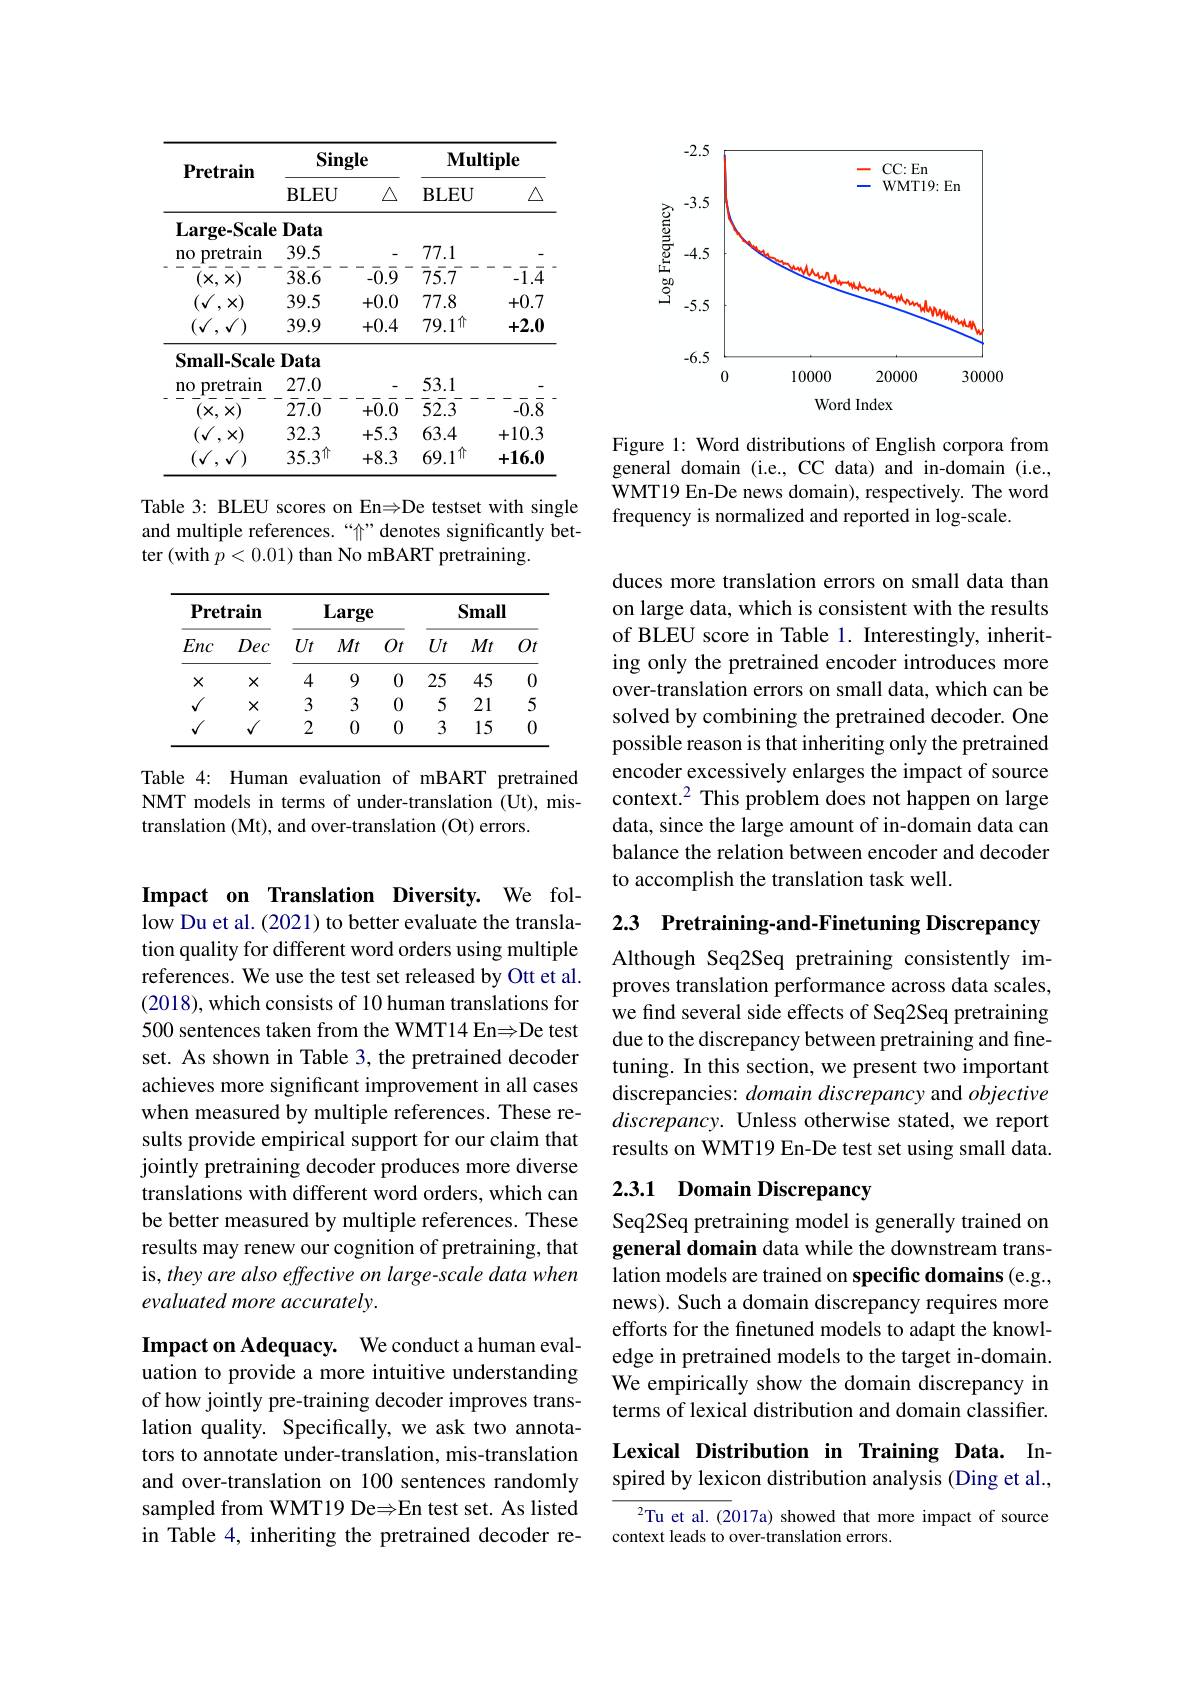
Impact on Translation Diversity. We follow Du et al. (2021) to better evaluate the translation quality for different word orders using multiple references. We use the test set released by Ott et al. (2018), which consists of 10 human translations for 500 sentences taken from the WMT14 En$\Rightarrow$De test set. As shown in Table 3, the pretrained decoder achieves more significant improvement in all cases when measured by multiple references. These results provide empirical support for our claim that jointly pretraining decoder produces more diverse translations with different word orders, which can be better measured by multiple references. These results may renew our cognition of pretraining, that is, they are also effective on large- scale data when evaluated more accurately

Impact on Adequacy. We conduct a human evaluation to provide a more intuitive understanding of how jointly pre-training decoder improves translation quality. Specifically, we ask two annotators to annotate under-translation, mis-translation and over-translation on 100 sentences randomly sampled from WMT19 De$\Rightarrow$En test set. As listed in Table 4, inheriting the pretrained decoder re-

<table>
	<tbody>
		<tr>
			<th rowspan="2">$\mathbf{Pretrain}$</th>
			<th>Single</th>
			<th>$\mathbf{yle}$</th>
			<th colspan="2">$\mathbf{Multiple}$</th>
		</tr>
		<tr>
			<th>$BLEU$</th>
			<th>$\triangle$</th>
			<th>$\mathbf{BLEU}$</th>
			<th>$\triangle$</th>
		</tr>
		<tr>
			<td>$(\sqrt{1},\sqrt{1})$ $\sqrt{1}$ . .</td>
			<td>$35.3^{\uparrow}$</td>
			<td>+8.3</td>
			<td>$69.1^{\uparrow\uparrow}$</td>
			<td>+16.0</td>
		</tr>
	</tbody>
</table>

Table 3: BLEU scores on En$\Rightarrow$De testset with single and multiple references.“个”denotes significantly better (with $\hat{p}<0.01)$ than No mBART pretraining.

<table>
	<tbody>
		<tr>
			<th colspan="2">$\mathbf{Pretrain}$</th>
			<th colspan="3">Large</th>
			<th colspan="3">Small</th>
		</tr>
		<tr>
			<th>Enc</th>
			<th>Dec</th>
			<th>$Ut$</th>
			<th>$Mt$</th>
			<th>$Ot$</th>
			<th>$Ut$</th>
			<th>$Mt$</th>
			<th>$Ot$</th>
		</tr>
		<tr>
			<td>$X$</td>
			<td>$X$</td>
			<td>4</td>
			<td>9</td>
			<td>0</td>
			<td>25</td>
			<td>45</td>
			<td>0</td>
		</tr>
		<tr>
			<td>1 $V$</td>
			<td>$X$</td>
			<td>3</td>
			<td>3</td>
			<td>0</td>
			<td>5</td>
			<td>21</td>
			<td>5</td>
		</tr>
		<tr>
			<td>1 $\mathbf{v}$</td>
			<td>1</td>
			<td>2</td>
			<td>0</td>
			<td>0</td>
			<td>3</td>
			<td>15</td>
			<td>0</td>
		</tr>
	</tbody>
</table>

Table 4: Human evaluation of mBART pretrained NMT models in terms of under-translation (Ut), mistranslation (Mt), and over-translation (Ot) errors.

<FigureHere>

Figure 1: Word distributions of English corpora from general domain (i.e., CC data) and in-domain (i.e., WMT19 En-De news domain), respectively. The word frequency is normalized and reported in log-scale.

duces more translation errors on small data than on large data, which is consistent with the results of BLEU score in Table 1. Interestingly, inheriting only the pretrained encoder introduces more over-translation errors on small data, which can be solved by combining the pretrained decoder. One possible reason is that inheriting only the pretrained encoder excessively enlarges the impact of source context.$^2$ This problem does not happen on large data, since the large amount of in-domain data can balance the relation between encoder and decoder to accomplish the translation task well.

2.3 Pretraining-and-Finetuning Discrepancy

Although Seq2Seq pretraining consistently improves translation performance across data scales, we find several side effects of Seq2Seq pretraining due to the discrepancy between pretraining and finetuning. In this section, we present two important discrepancies: domain discrepancy and objective discrepancy. Unless otherwise stated, we report results on WMT19 En-De test set using small data.

# 2.3.1 Domain Discrepancy

Seq2Seq pretraining model is generally trained on general domain data while the downstream translation models are trained on specific domains (e.g., news). Such a domain discrepancy requires more efforts for the finetuned models to adapt the knowledge in pretrained models to the target in-domain. We empirically show the domain discrepancy in terms of lexical distribution and domain classifier.

# Lexical Distribution in Training Data. Inspired by lexicon distribution analysis (Ding et al.,

$^{2}$Tu et al.(2017a) showed that more impact of source
context leads to over-translation errors.